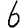
Digit: 6